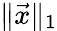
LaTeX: \| {\vec{x}}\| _{1}